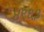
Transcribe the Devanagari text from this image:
४९६३